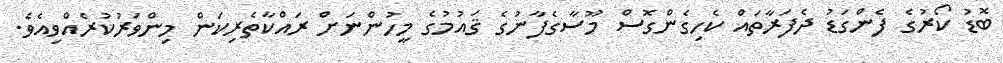
ބޮޑު ކޯރުގެ ފެންގަޑު ދެފަރާތައް ކެހިގެންގޮސް މޫސާގެފާނުގެ ޤައުމުގެ މީހުންނަށް ރައްކާތެރިކަން މިންވަރުކުރެއްވިއެވެ.